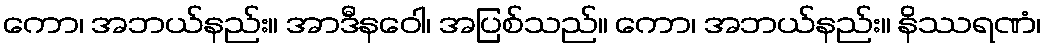
ကော၊ အဘယ်နည်း။ အာဒီနဝေါ၊ အပြစ်သည်။ ကော၊ အဘယ်နည်း။ နိဿရဏံ၊